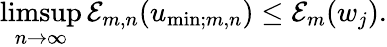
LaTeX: \operatorname*{limsup}_{n\to\infty}\mathcal{E}_{m,n}(u_{\mathrm{min};m,n})\leq\mathcal{E}_{m}(w_{j}).